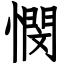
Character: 憫